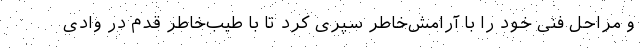
و مراحل فنی خود را با آرامش‌خاطر سپری کرد تا با طیب‌خاطر قدم در وادی